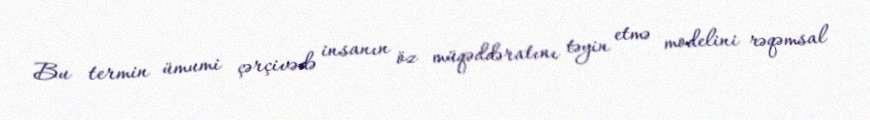
Bu termin ümumi çərçivədə insanın öz müqəddəratını təyin etmə modelini rəqəmsal